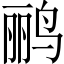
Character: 鹂